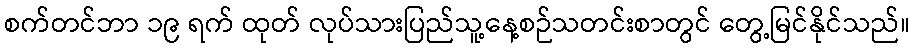
စက်တင်ဘာ ၁၉ ရက် ထုတ် လုပ်သားပြည်သူ့နေ့စဉ်သတင်းစာတွင် တွေ့မြင်နိုင်သည်။